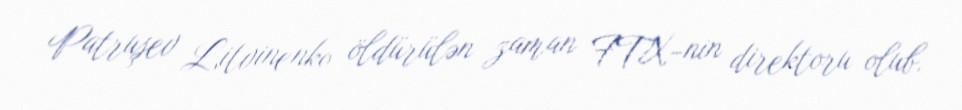
Patruşev Litvinenko öldürülən zaman FTX-nin direktoru olub.